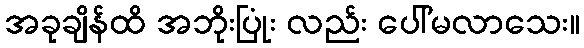
အခုချိန်ထိ အဘိုးပြုံး လည်း ပေါ်မလာသေး။